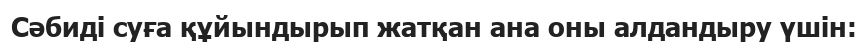
Сәбидi суға құйындырып жатқан ана оны алдандыру үшiн: